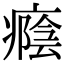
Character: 癊